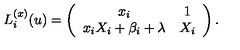
L _ { i } ^ { ( x ) } ( u ) = \left( \begin{array} { c c } { x _ { i } } & { 1 } \\ { x _ { i } X _ { i } + \beta _ { i } + \lambda } & { X _ { i } } \\ \end{array} \right) .